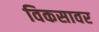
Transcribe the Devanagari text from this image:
विकसावर